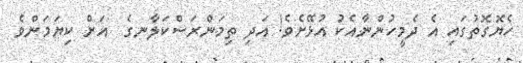
ހެޔޮގޮތުގައި އެ ދެމީހުންނާއެކު އުޅޭށެވެ! އަދި ތިމަންރަސްކަލާނގެ  އަށް ކިޔަމަންވެ